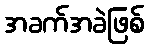
အခက်အခဲဖြစ်